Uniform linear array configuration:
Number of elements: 64
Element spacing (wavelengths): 0.5
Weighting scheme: kaiser
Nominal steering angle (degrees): -45
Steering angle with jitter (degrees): -44.896
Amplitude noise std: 0.05
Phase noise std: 0.05

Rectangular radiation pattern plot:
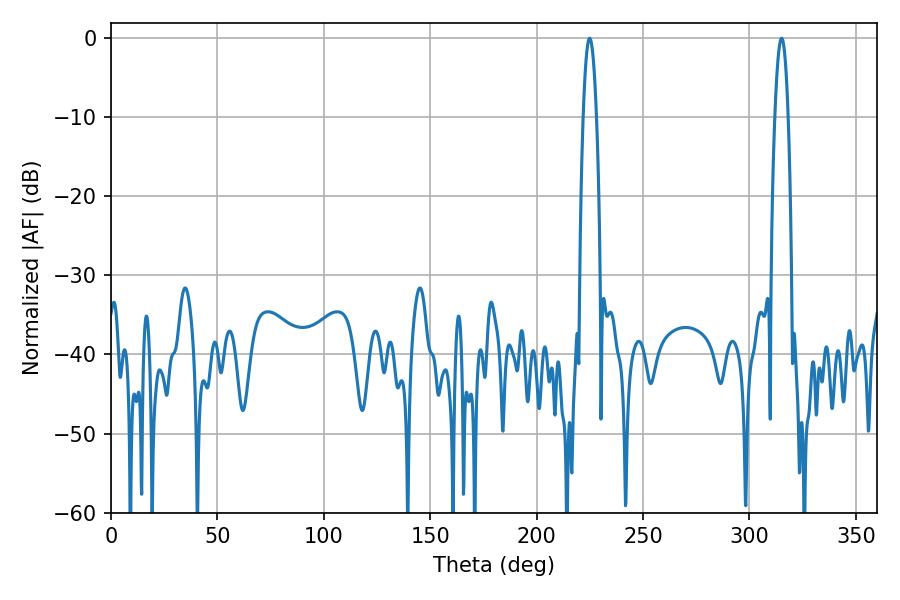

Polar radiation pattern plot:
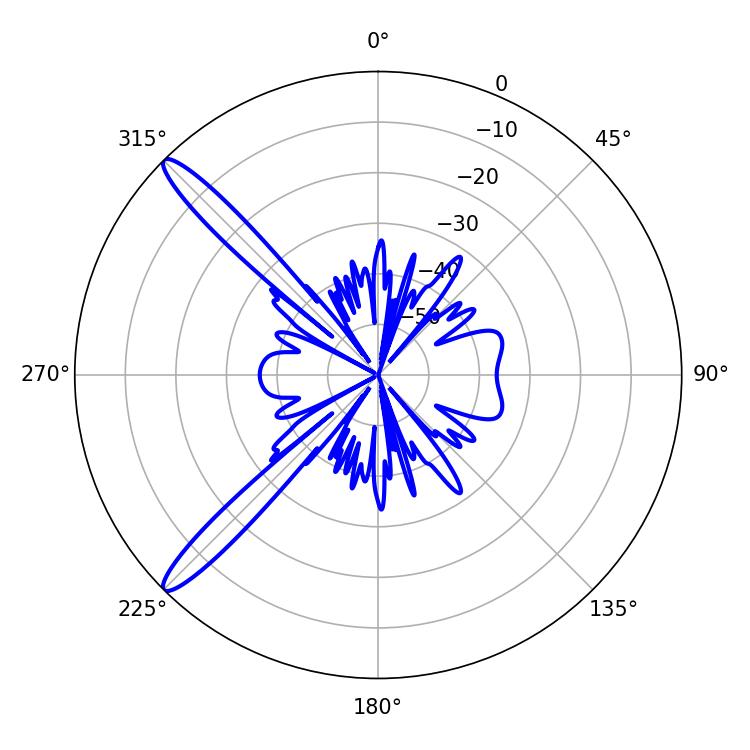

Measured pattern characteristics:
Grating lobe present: FALSE
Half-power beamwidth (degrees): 3.42
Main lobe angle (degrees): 224.82